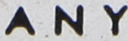
ANY